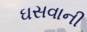
ઘસવાની